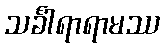
သင်္ခါရာရာမဿ